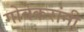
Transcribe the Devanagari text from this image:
गोवेकरांनी